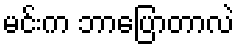
မင်းက ဘာပြောတာလဲ